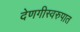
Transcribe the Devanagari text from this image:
देणगीस्वरुपात